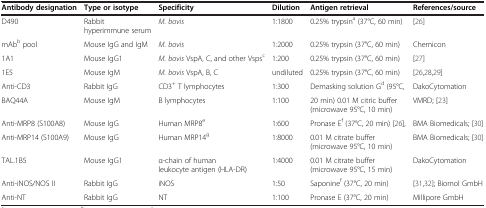
<table><thead><tr><td><b>Antibody designation</b></td><td><b>Type or isotype</b></td><td><b>Specificity</b></td><td><b>Dilution</b></td><td><b>Antigen retrieval</b></td><td><b>References/source</b></td></tr></thead><tbody><tr><td>D490</td><td>Rabbit hyperimmune serum</td><td><i>M. bovis</i></td><td>1:1800</td><td>0.25% trypsin<sup>a</sup> (37°C, 60 min)</td><td>[26]</td></tr><tr><td>mAb<sup>b</sup> pool</td><td>Mouse IgG and IgM</td><td><i>M. bovis</i></td><td>1:2000</td><td>0.25% trypsin (37°C, 60 min)</td><td>Chemicon</td></tr><tr><td>1A1</td><td>Mouse IgG1</td><td><i>M. bovis</i> VspA, C, and other Vsps<sup>c</sup></td><td>1:200</td><td>0.25% trypsin (37°C, 60 min)</td><td>[27]</td></tr><tr><td>1E5</td><td>Mouse IgM</td><td><i>M. bovis</i> VspA, B, C</td><td>undiluted</td><td>0.25% trypsin (37°C, 60 min)</td><td>[26],[28],[29]</td></tr><tr><td>Anti-CD3</td><td>Rabbit IgG</td><td>CD3<sup>+</sup> T lymphocytes</td><td>1:300</td><td>Demasking solution G<sup>d</sup> (95°C,</td><td>DakoCytomation</td></tr><tr><td>BAQ44A</td><td>Mouse IgM</td><td>B lymphocytes</td><td>1:100</td><td>20 min) 0.01 M citric buffer (microwave 95°C, 10 min)</td><td>VMRD; [23]</td></tr><tr><td>Anti-MRP8 (S100A8)</td><td>Mouse IgG</td><td>Human MRP8<sup>e</sup></td><td>1:600</td><td>Pronase E<sup>f</sup> (37°C, 20 min) [26],</td><td>BMA Biomedicals; [30]</td></tr><tr><td>Anti-MRP14 (S100A9)</td><td>Mouse IgG</td><td>Human MRP14<sup>g</sup></td><td>1:8000</td><td>0.01 M citrate buffer (microwave 95°C, 10 min)</td><td>BMA Biomedicals; [30]</td></tr><tr><td>TAL.1B5</td><td>Mouse IgG1</td><td>α-chain of human leukocyte antigen (HLA-DR)</td><td>1:4000</td><td>0.01 M citrate buffer (microwave 95°C, 15 min)</td><td>DakoCytomation</td></tr><tr><td>Anti-iNOS/NOS II</td><td>Rabbit IgG</td><td>iNOS</td><td>1:50</td><td>Saponine<sup>f</sup> (37°C, 20 min)</td><td>[31],[32]; Biomol GmbH</td></tr><tr><td>Anti-NT</td><td>Rabbit IgG</td><td>NT</td><td>1:100</td><td>Pronase E (37°C, 20 min)</td><td>Millipore GmbH</td></tr></tbody></table>